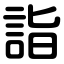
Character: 詣